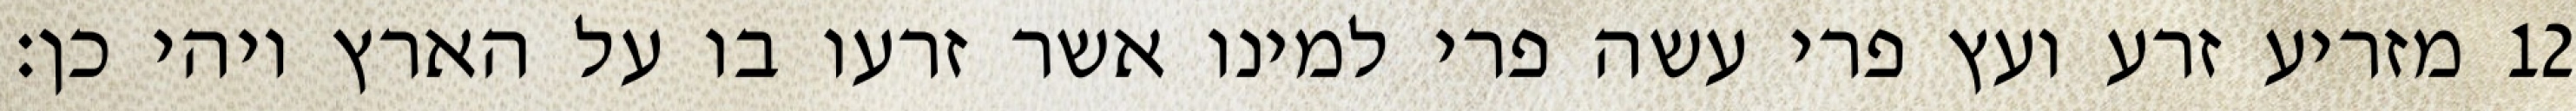
מזריע זרע ועץ פרי עשה פרי למינו אשר זרעו בו על הארץ ויהי כן׃ ‎12‏